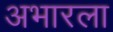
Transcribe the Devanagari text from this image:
अभारला